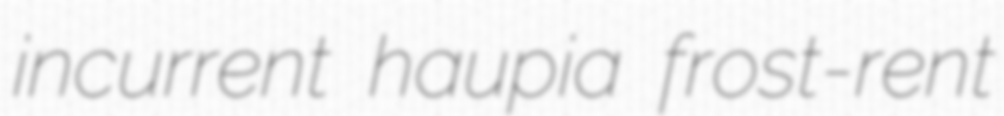
incurrent haupia frost-rent